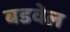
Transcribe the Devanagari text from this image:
बडवेल